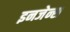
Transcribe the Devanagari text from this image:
इनजेन्स